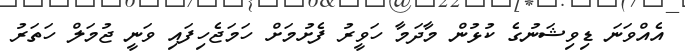
އެއްވަނަ ޑިވިޝަނުގެ ކުޅުން މާދަމާ ހަވީރު ފެށުމަށް ހަމަޖެހިފައި ވަނީ ޖުމަލް ހަތަރު